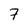
Character: 7